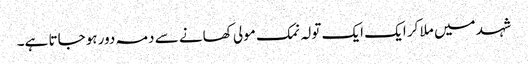
شہد میں ملا کر ایک ایک تولہ نمک مولی کھانے سے دمہ دور ہوجاتا ہے۔